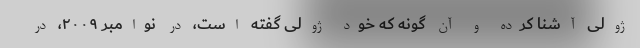
ژولی آشنا کرده و آن گونه که خود ژولی گفته است، در نوامبر ۲۰۰۹، در